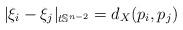
LaTeX: \begin{align*}| \xi_{i} - \xi_{j} |_{t\mathbb{S}^{n-2}} = d_{X}(p_i,p_j)\end{align*}